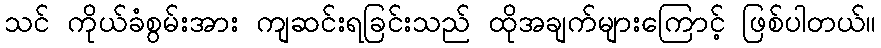
သင် ကိုယ်ခံစွမ်းအား ကျဆင်းရခြင်းသည် ထိုအချက်များကြောင့် ဖြစ်ပါတယ်။